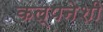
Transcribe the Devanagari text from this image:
कल्पनेशी